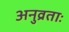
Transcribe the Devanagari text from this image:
अनुव्रताः